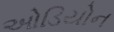
ઓડિયોન